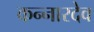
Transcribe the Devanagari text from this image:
कन्नारदेव